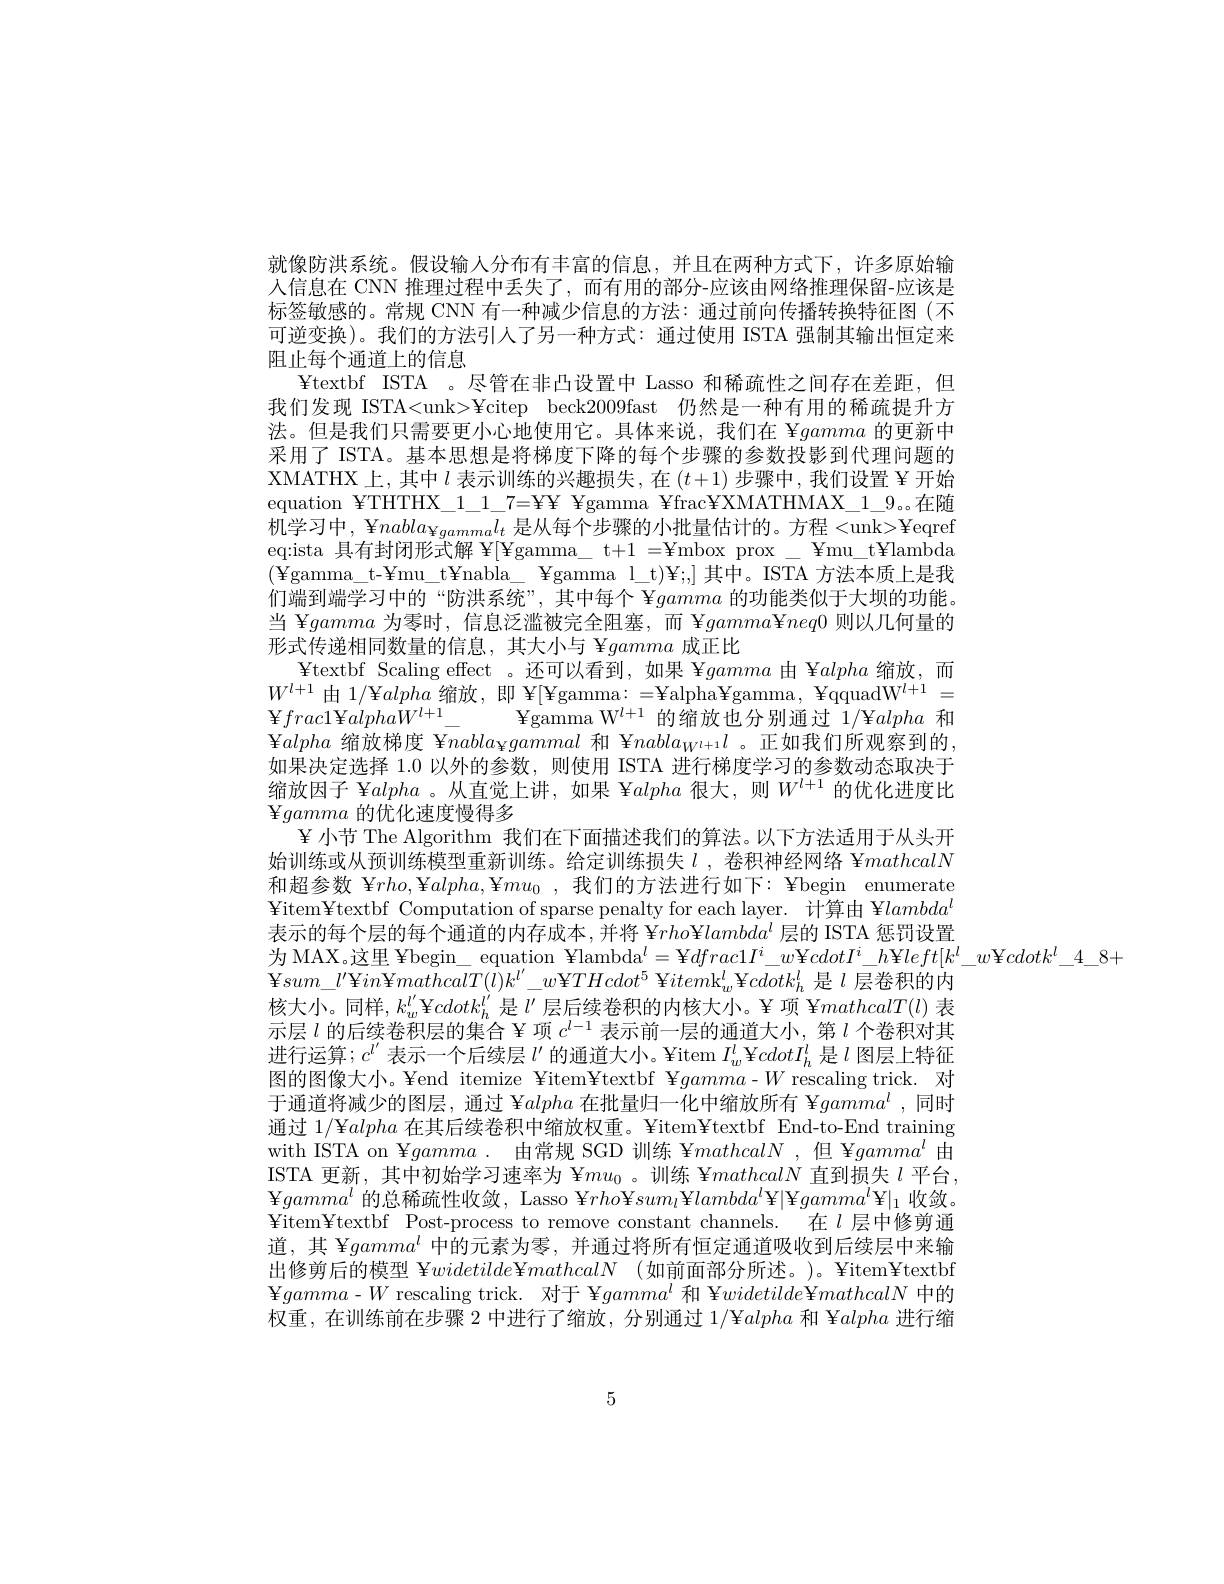
就像防洪系统。假设输人分布有丰富的信息，并且在两种方式下，许多原始输人信息在 CNN 推理过程中丢失了，而有用的部分-应该由网络推理保留-应该是标签敏感的。常规 CNN 有一种减少信息的方法：通过前向传播转换特征图(不可逆变换)。我们的方法引人了另一种方式：通过使用 ISTA 强制其输出恒定来阻止每个通道上的信息
¥textbf ISTA 。尽管在非凸设置中 Lasso 和稀疏性之间存在差距，但我们发现 ISTA<unk>¥citep beck2009fast 仍然是一种有用的稀疏提升方法。但是我们只需要更小心地使用它。具体来说，我们在 ¥gamma的更新中采用了 ISTA。基本思想是将梯度下降的每个步骤的参数投影到代理问题的XMATHX 上，其中$l$表示训练的兴趣损失，在$(t+1)$步骤中，我们设置 ¥ 开始equation YTHTHX\_1\_1\_7=¥¥ ¥gamma ¥frac¥XMATHMAX\_1\_9。。在随机学习中， Ynabl$a_{\Psi gamma}l_t$ 是从每个步骤的小批量估计的。方程<unk>¥eqref eq:ista 具有封闭形式解 ¥[¥gamma\_ t+1 =¥mbox prox\_ ¥mu\_t¥lambda (¥gamma\_t-¥mu\_t¥nabla\_ Ygamma\_ Ygamma\_l\_t)¥;]其中。ISTA 方法本质上是我们端到端学习中的“防洪系统”,其中每个 ¥gamma的功能类似于大坝的功能。当 ¥gamma为零时，信息泛滥被完全阻塞，而 ¥gamma¥$neq0$则以几何量的形式传递相同数量的信息，其大小与Ygamma成正比
¥ textbf Scaling effect 。还可以看到，如果 ¥gamma由 ¥alpha缩放，而$W^{l+1}$由 1/¥alpha缩放，即 ¥[¥gamma: =¥alpha¥gamma, ¥qquadW$^l+1=$ $\Psi frac1\Psi alphaW^{l+1}-$Ygamma W$^l+1$的缩放也分别通过$1/\Psi alpha$和${\mathrm{Y}}alpha$ 缩放梯度 ¥$nabla_{4}gammal$ 和 ¥$nabla_{W^{\iota+1}}l$ 。正如我们所观察到的， 如果决定选择 1.0 以外的参数，则使用 ISTA 进行梯度学习的参数动态取决于缩放因子 ¥alpha 。从直觉上讲，如果 ¥alpha很大，则$W^l+1$的优化进度比${\mathbf{Y}}gamma$的优化速度慢得多
¥ 小节 The Algorithm 我们在下面描述我们的算法。以下方法适用于从头开始训练或从预训练模型重新训练。给定训练损失$l$ ,卷积神经网络 ¥mathcalN 和超参数$¥rho$, ¥$alpha$,¥$mu_0$,我们的方法进行如下：¥begin enumerate ¥ item¥ textbf Computation of sparse penalty for each layer. 计 算 由 ¥ $lambda^{l}$ 表示的每个层的每个通道的内存成本，并将 ¥$rho\Psi lambda^l$层的 ISTA 惩罚设置为 MAX。这里 ¥begin\_ equation ¥lambda$^l=$¥$dfrac1I^i\_w$¥$cdotI^i\_h$¥$left[k^l\_w$¥$cdotk^l\_4\_8+$
$\operatorname { \mathrm{Y} } sum\_ l^{\prime }\operatorname { \mathrm{Y} } in\operatorname { \mathrm{Y} } mathcalT( \tilde{l} ) k^{l^{\prime }}\_ w\Psi THcdot^{5}\operatorname { \mathrm{Y} } item\underline {\mathrm{k} }_{w}^{l}\operatorname { \mathrm{Y} } cdotk_{h}^{l}$ $是 l$ 层卷积的内核大小。同样，$k_w^{l^{\prime}}$¥$cdotk_h^{l^{\prime}}$是$l^\prime$层后续卷积的内核大小。¥ 项 ¥$mathcalT(l)$表示层$l$的后续卷积层的集合 ¥ 项$c^l-1$表示前一层的通道大小，第$l$个卷积对其进行运算$;c^l^{\prime}$表示一个后续层$l^\prime$的通道大小。¥item $I_w^l$ ¥$cdotI_h^l$是$l$图层上特征图的图像大小。¥end itemize ¥item¥textbf ¥$gamma-W$ rescaling trick. 对于通道将减少的图层，通过 ¥alpha 在批量归一化中缩放所有 ¥$gamma^l$,同时通过1/¥alpha在其后续卷积中缩放权重。¥item¥textbf End-to-End training with ISTA on ¥$gamma.$由常规 SGD 训练 ¥mathcalN ,但 Y$gamma^l$由ISTA 更新，其中初始学习速率为$\Psi mu_0$ 。训练 ¥mathcalN直到损失$l$平台， $¥gamma^{l}$ 的总稀疏性收敛，Lasso ¥$rho¥sum_l¥lambda^l¥|¥gamma^l¥|_1$收敛。Yitem¥textbf Post-process to remove constant channels. 在$l$层中修剪通道，其 Y$gamma^l$中的元素为零，并通过将所有恒定通道吸收到后续层中来输出修剪后的模型 $\Psi widetilde\Psi mathcalN$ (如前面部分所述。)。¥item¥textbf ${\mathrm{¥}}gamma-W$ rescaling trick. 对于$¥gamma^l$和 ¥widetilde¥mathcalN中的权重，在训练前在步骤 2 中进行了缩放，分别通过 1/¥alpha和 ¥alpha进行缩

5